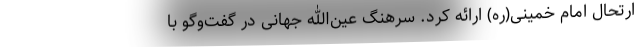
ارتحال امام خمینی(ره) ارائه کرد. سرهنگ عین‌الله جهانی در گفت‌وگو با